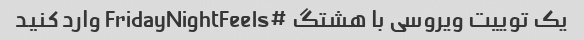
یک توییت ویروسی با هشتگ #FridayNightFeels وارد کنید